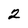
Character: 2